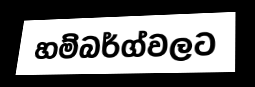
හම්බර්ග්වලට